Report on vaccination in Madras 1877-1894 - 1877-1894
Year: 1877
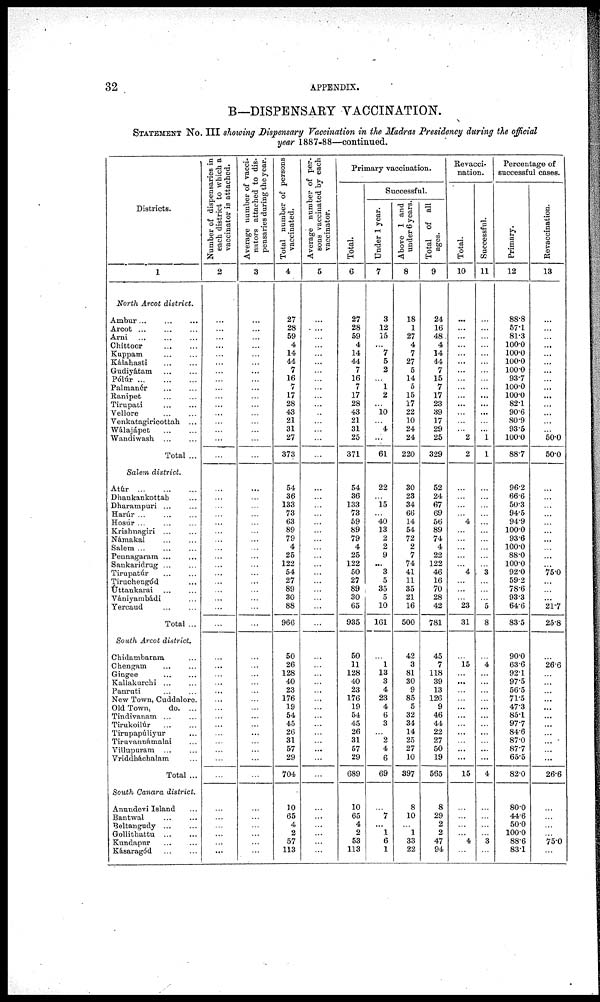
32
APPENDIX.
B—DISPENSARY VACCINATION.
STATEMENT No. III showing Dispensary Vaccination in the Madras Presidency during the official
year 1887-88—continued.
Districts.
1
North Arcot district.
Ambur... ... ...
Arcot ... ... ...
Arni ... ... ...
Chittoor
...
...
Kuppam
...
...
Kálahasti
...
...
Gudiyátam
...
...
Pólúr
...
...
...
Palmanér ... ...
Ranipet ... ...
Tirupati
...
...
Vellore ... ...
Venkatagiricottah ...
Wélajápet ... ...
Wandiwash
...
...
Total ...
Salem district.
Atúr
...
...
...
Dhankankottah ...
Dharampuri ... ...
Harúr ... ... ...
Hosúr ... ...
Krishnagiri ...
Námakal
...
...
Salem ... ...
Peunagaram ... ...
Sankaridrug ... ...
Tirupatúr
...
...
Tiruchengód ...
Úttankarai ... ...
Vániyambádi ...
Yercaud
...
...
Total ...
South Arcot district
Chidambaram ... ...
Chengam ... ...
Gingee
...
Kallakurchi...
...
Panruti
...
...
New Town, Cuddalore.
Old Town,
do. ...
Tindivanam
...
...
Tirukoilúr
...
...
Tirupapúliyur ...
Tiruvannámalai ...
Villupuram ... ...
Vriddháchalam ...
Total ...
South Canara district.
Anundevi Island ...
Bantwal ... ...
Beltangudy
...
...
Gollithattu ... ...
Kundapur ... ...
Kásaragód
...
...
Number of dispensaries in
each district to which a
vaccinator is attached.
2
...
...
...
...
...
...
...
...
...
...
...
...
...
...
...
...
...
...
...
...
...
...
...
...
...
...
...
...
...
...
...
...
...
...
...
...
...
...
...
...
...
...
...
...
...
...
...
...
...
...
...
...
...
...
...
Average number of vacci¬
nators attached to dis-
pensaries during the year.
3
...
...
...
...
...
...
...
...
...
...
...
...
...
...
...
...
...
...
...
...
...
...
...
...
...
...
...
...
...
...
...
...
...
...
...
...
...
...
...
...
...
...
...
...
...
...
...
...
...
...
...
...
...
...
...
Total number of persons
vaccinated.
4
27
28
59
4
14
44
7
16
7
17
28
43
21
31
27
373
...
54
36
133
73
63
89
79
4
25
122
54
27
89
30
88
966
...
50
26
128
40
23
176
19
54
45
26
31
57
29
704
...
10
65
4
2
57
113
Average number of per¬
sons vaccinated by each
vaccinator.
5
...
...
...
...
...
...
...
...
...
...
...
...
...
...
...
...
...
...
...
...
...
...
...
...
...
...
...
...
...
...
...
...
...
...
...
...
...
...
...
...
...
...
...
...
...
...
...
...
...
...
...
...
...
...
...
Primary vaccination.
Total.
6
27
28
59
4
14
44
7
16
7
17
28
43
21
31
25
371
...
54
36
133
73
59
89
79
4
25
122
50
27
89
30
65
935
...
50
11
128
40
23
176
19
54
45
26
31
57
29
689
...
10
65
4
2
53
113
Successful.
Under 1 year.
7
3
12
15
...
7
5
2
...
1
2
...
10
...
4
...
61
...
22
...
15
...
40
13
2
2
9
...
3
5
35
5
10
161
...
...
1
13
3
4
23
4
6
3
...
2
4
6
69
...
...
7
...
1
6
1
Above 1 and
under 6 years.
8
18
1
27
4
7
27
5
14
5
15
17
22
10
24
24
220
...
30
23
34
66
14
54
72
2
7
74
41
11
35
21
16
500
...
42
3
81
30
9
85
5
32
34
14
25
27
10
397
...
8
10
...
1
33
22
Total of all
ages.
9
24
16
48
4
14
44
7
15
7
17
23
39
17
29
25
329
...
52
24
67
69
56
89
74
4
22
122
46
16
70
28
42
781
...
45
7
118
39
13
126
9
46
44
22
27
50
19
565
...
8
29
2
2
47
94
Revacci¬
nation.
Total.
10
...
...
...
...
...
...
...
...
...
...
...
...
...
...
2
2
...
...
...
...
...
4
...
...
...
...
...
4
...
...
...
23
31
...
...
15
...
...
...
...
...
...
...
...
...
...
...
15
...
...
...
...
...
4
...
Successful.
11
...
...
...
...
...
...
...
...
...
...
...
...
...
...
1
1
...
...
...
...
...
...
...
...
...
...
...
3
...
...
...
5
8
...
...
4
...
...
...
...
...
...
...
...
...
...
...
4
...
...
...
...
...
3
...
Percentage of
successful cases.
Primary.
12
88.8
57.1
81.3
100.0
100.0
100.0
100.0
93.7
100.0
100.0
82.1
90.6
80.9
93.5
100.0
88.7
...
96.2
66.6
50.3
94.5
94.9
100.0
93.6
100.0
88.0
100.0
92.0
59.2
78.6
93.3
64.6
83.5
...
90.0
63.6
92.1
97.5
56.5
71.5
47.3
85.1
97.7
84.6
87.0
87.7
65.5
82.0
...
80.0
44.6
50.0
100.0
88.6
83.1
Revaccination.
13
...
...
...
...
...
...
...
...
...
...
...
...
...
...
50.0
50.0
...
...
...
...
...
...
...
...
...
...
...
75.0
...
...
...
21.7
25.8
...
...
26.6
...
...
...
...
...
...
...
...
...
...
...
26.6
...
...
...
...
...
75.0
...